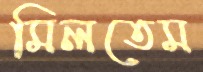
মিলতেম